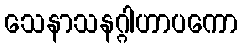
သေနာသနဂ္ဂါဟာပကော